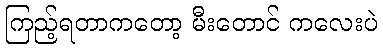
ကြည့်ရတာကတော့ မီးတောင် ကလေးပဲ